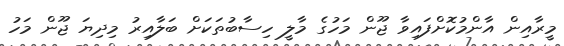
މީރާއިން އާންމުކޮށްފައިވާ ޖޫން މަހުގެ މާލީ ހިސާބުތަކަށް ބަލާއިރު މިދިޔަ ޖޫން މަހު